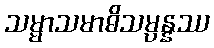
သမ္မာသမာဓိသမ္ပန္နဿ